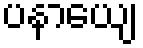
ပနာယျေ